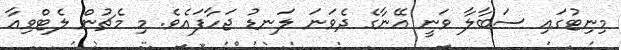
މިނިޓުގައި ސަބާލާ ވަނީ އޭނާގެ ދެވަނަ ލަނޑު ޖަހާފައެވެ. މި މެޗުން ލެޓްވިއާ